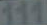
111